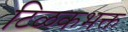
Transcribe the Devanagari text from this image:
टिळकभक्त